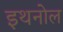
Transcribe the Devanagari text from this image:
इथनोल